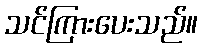
သင်ကြားပေးသည်။